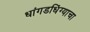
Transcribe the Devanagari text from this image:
धांगडधिंग्याचा